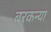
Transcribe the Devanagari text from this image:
बरकन्या